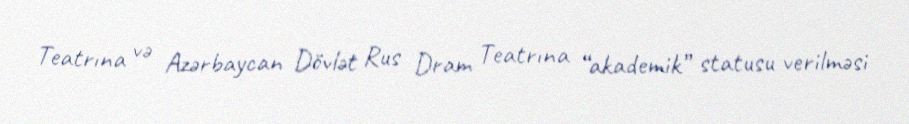
Teatrına və Azərbaycan Dövlət Rus Dram Teatrına “akademik” statusu verilməsi